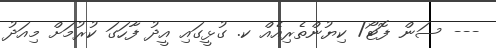
--- ސަން ފޮޓޯ/ ކިޔުންތެރިއެއް ކ. ގުޅީގައި އީދު ފާހަގަ ކުރުމަށް މިއަދު